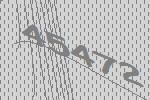
45472